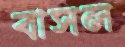
বাসল